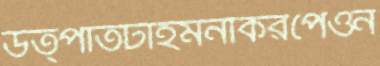
উত্পাতটাইমনকিরপেওন